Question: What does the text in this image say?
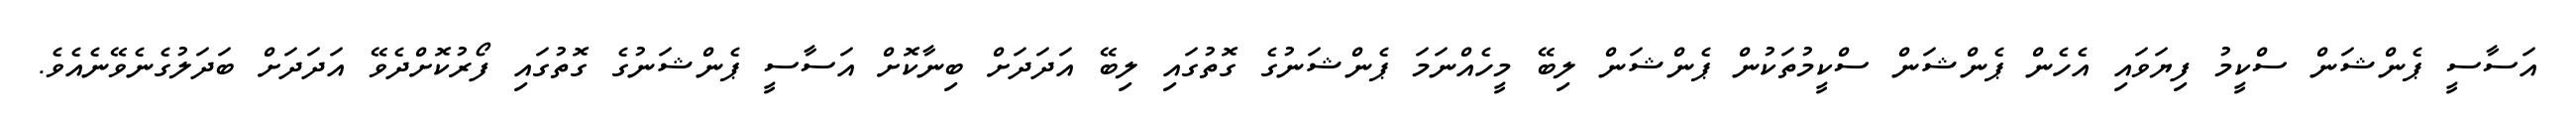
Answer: އަސާސީ ޕެންޝަން ސްކީމު ފިޔަވައި އެހެން ޕެންޝަން ސްކީމުތަކުން ޕެންޝަން ލިބޭ މީހެއްނަމަ ޕެންޝަނުގެ ގޮތުގައި ލިބޭ އަދަދަށް ބިނާކޮށް އަސާސީ ޕެންޝަނުގެ ގޮތުގައި ފޯރުކޮށްދެވޭ އަދަދަށް ބަދަލުގެނެވޭނެއެވެ.